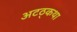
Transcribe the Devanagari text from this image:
अटठ्कथा